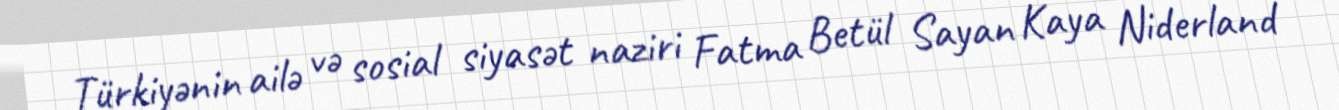
Türkiyənin ailə və sosial siyasət naziri Fatma Betül Sayan Kaya Niderland